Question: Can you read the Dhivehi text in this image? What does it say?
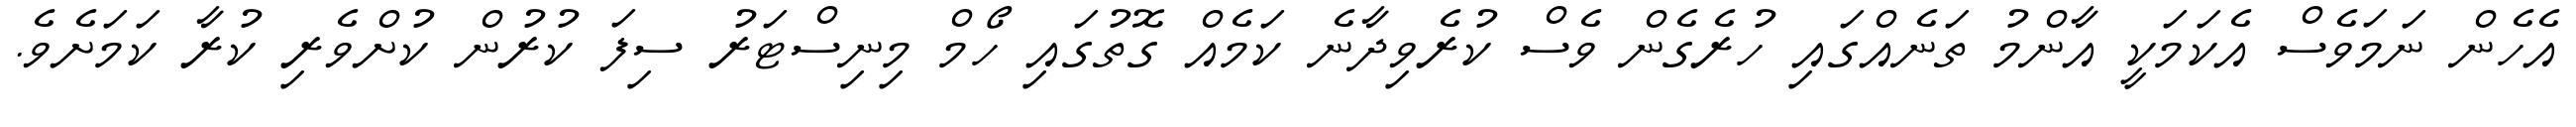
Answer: އެހެން ނަމަވެސް އެކަމަކީ އާންމު ތަނެއްގައި ހުރެގެން ވެސް ކުރެވިދާނެ ކަމެއް ގޮތުގައި ހޯމް މިނިސްޓަރު ސިފަ ކުރުން ކުށްވެރި ކުރާ ކަމަށެވެ.